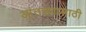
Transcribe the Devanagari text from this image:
आंतड्यासाठी